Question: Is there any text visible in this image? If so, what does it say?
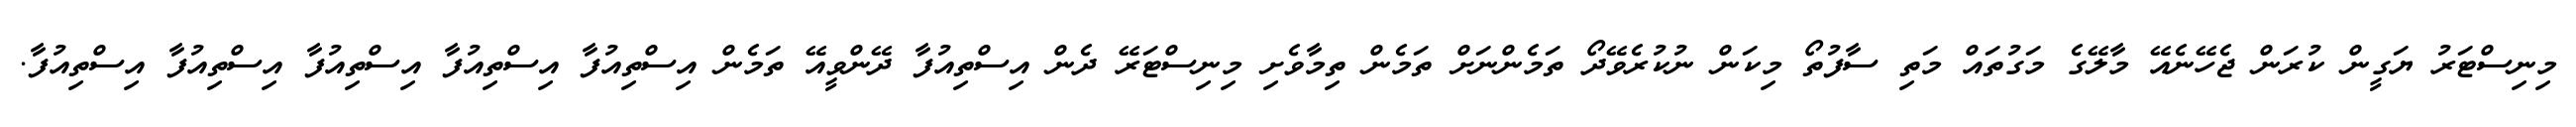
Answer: މިނިސްޓަރު ޔަގީން ކުރަން ޖެހޭނެއޭ މާލޭގެ މަގުތައް މަތި ސާފުތޯ މިކަން ނުކުރެވޭދޯ ތަމެންނަށް ތަމެން ތިމާވެށި މިނިސްޓަރޭ ދެން އިސްތިއުފާ ދޭންވީއޭ ތަމެން އިސްތިއުފާ އިސްތިއުފާ އިސްތިއުފާ އިސްތިއުފާ އިސްތިއުފާ.